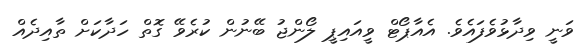
ވަނީ ވިދާޅުވެފައެވެ. އެއާޕޯޓް ވީއައިޕީ ލޯންޖު ބޭނުން ކުރެވޭ ގޮތް ހަދާކަށް ތާއިދެއް